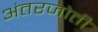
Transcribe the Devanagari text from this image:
अंतरजोती